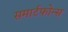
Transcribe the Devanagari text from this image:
समार्टफोन्स